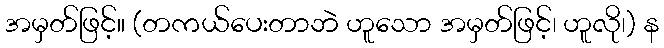
အမှတ်ဖြင့်။ (တကယ်ပေးတာဘဲ ဟူသော အမှတ်ဖြင့်၊ ဟူလို၊) န